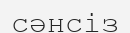
сәнсіз